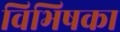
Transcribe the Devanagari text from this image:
विभिषका